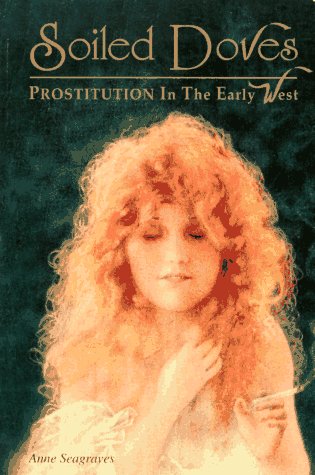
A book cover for Soiled Doves: Prostitution in the Early West (Women of the West); Anne Seagraves; Politics & Social Sciences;